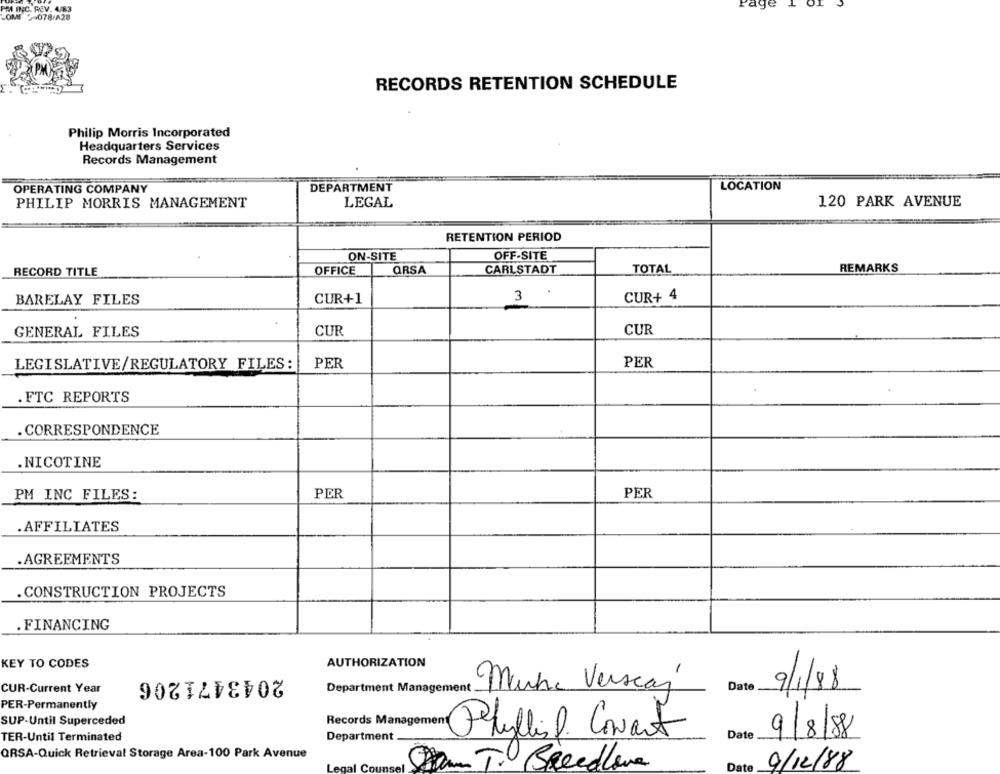
Page
PM INC. REV. 4/83
LOME 2-078-A28
RECORDS RETENTION SCHEDULE
Philip Morris Incorporated
Headquarters Services
Records Management
DEPARTMENT
LOCATION
OPERATING COMPANY
PHILIP MORRIS MANAGEMENT
LEGAL
120 PARK AVENUE
RETENTION PERIOD
ON-SITE
OFF-SITE
RECORD TITLE
OFFICE
QRSA
CARLSTADT
TOTAL
REMARKS
BARELAY FILES
CUR+1
3
CUR+ 4
GENERAL FILES
CUR
CUR
LEGISLATIVE/REGULATORY FILES:
PER
PER
.FTC REPORTS
. CORRESPONDENCE
.NICOTINE
PM INC FILES:
PER
PER
. AFFILIATES
.AGREEMENTS
. CONSTRUCTION PROJECTS
. FINANCING
KEY TO CODES
AUTHORIZATION
2043471206
CUR-Current Year
Department Management
Muha Verscaí
Date
9/1/88
PER-Permanently
SUP-Until Superceded
Records Manager
TER-Until Terminated
Phyllisl. Conart
Date
9/8/88
Department
QRSA-Quick Retrieval Storage Area-100 Park Avenue
Breedlove
Date
9/12/88